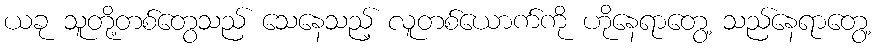
ယခု သူတို့တစ်တွေသည် သေနေသည့် လူတစ်ယောက်ကို ဟိုနေရာတွေ့ သည်နေရာတွေ့